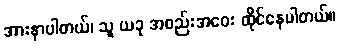
အားနာပါတယ်၊ သူ ယခု အစည်းအဝေး ထိုင်နေပါတယ်။